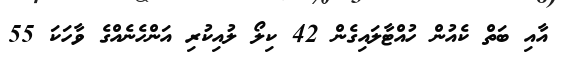
އާއި ބަތް ކެއުން ހުއްޓާލައިގެން 42 ކިލޯ ލުއިކުރި އަންހެނެއްގެ ވާހަކަ 55